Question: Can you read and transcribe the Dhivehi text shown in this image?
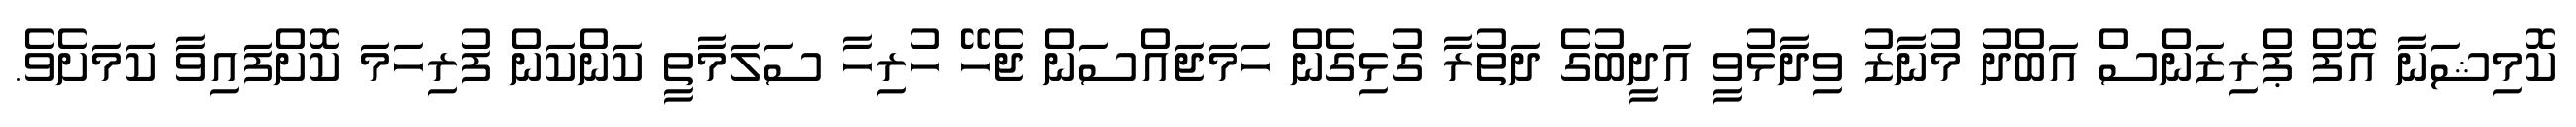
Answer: ކޮމިޝަނާ އޮފް ޕްރިޒަންސް އަބްދު މުނާޒު ވިދާޅުވީ އަދީބުގެ ދަތުރާ ގުޅިގެން ހަމަޖައްސަން ޖެހޭ ހުރިހާ ސަލަމާތީ ކަންކަން ފުރިހަމަ ކޮށްފައިވާ ކަމަށެވެ.